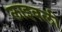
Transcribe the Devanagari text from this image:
लाइवली